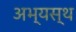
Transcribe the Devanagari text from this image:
अभ्यस्थ